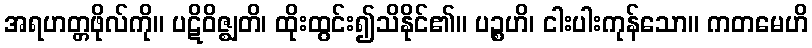
အရဟတ္တဖိုလ်ကို။ ပဋိဝိဇ္ဈတိ၊ ထိုးထွင်း၍သိနိုင်၏။ ပဉ္စဟိ၊ ငါးပါးကုန်သော။ ကတမေဟိ